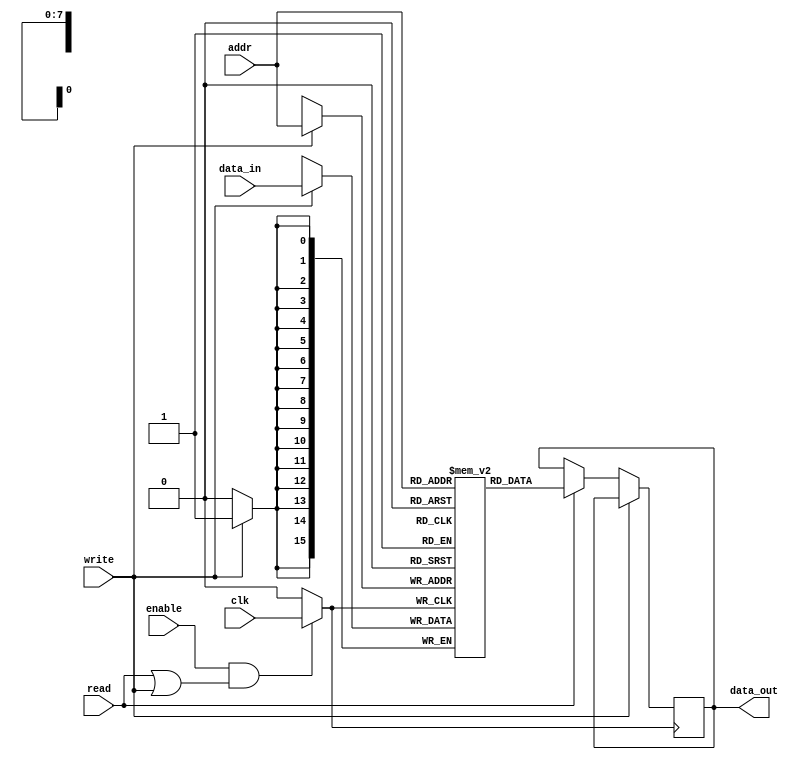
module memory_block (
    input wire clk,        // Primary clock signal
    input wire enable,     // Control signal to enable/disable memory block
    input wire read,       // Read operation control signal
    input wire write,      // Write operation control signal
    input wire [7:0] addr, // Address input for memory
    input wire [15:0] data_in, // Data input for write operation
    output reg [15:0] data_out // Data output for read operation
);

    reg [15:0] memory_array [0:255]; // Memory array of 256 x 16 bits
    reg gated_clk;          // Gated clock signal

    // Clock Gating Logic
    always @(*) begin
        // If memory block is enabled for read or write, pass the clock
        if (enable && (read || write)) begin
            gated_clk = clk;
        end else begin
            gated_clk = 1'b0; // Disable clock when idle
        end
    end

    // Memory operation based on gated clock
    always @(posedge gated_clk) begin
        if (write) begin
            memory_array[addr] <= data_in; // Write data to memory
        end else if (read) begin
            data_out <= memory_array[addr]; // Read data from memory
        end
    end

endmodule